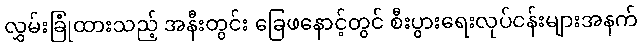
လွှမ်းခြုံထားသည့် အနီးတွင်း ခြေဖနောင့်တွင် စီးပွားရေးလုပ်ငန်းများအနက်